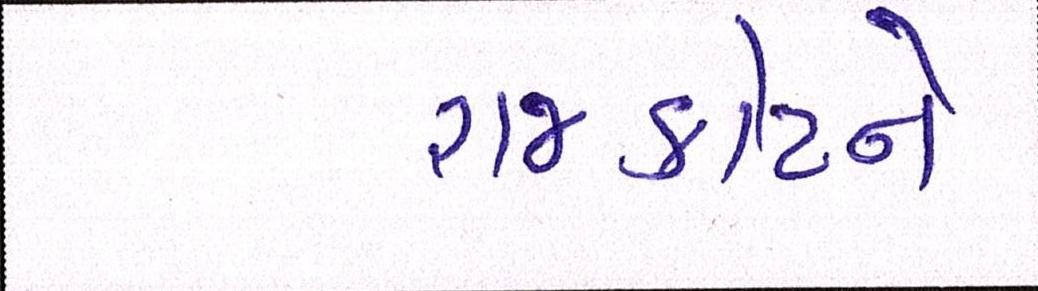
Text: રાજકોટને